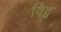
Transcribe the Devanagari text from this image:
विद्व